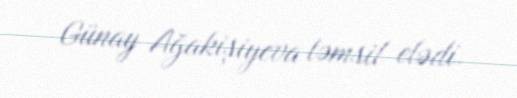
Günay Ağakişiyeva təmsil elədi.